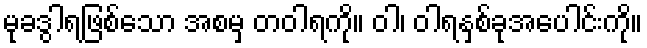
မုခဒွါရဖြစ်သော အစမှ တဝါရကို။ ဝါ၊ ဝါရနှစ်ခုအပေါင်းကို။